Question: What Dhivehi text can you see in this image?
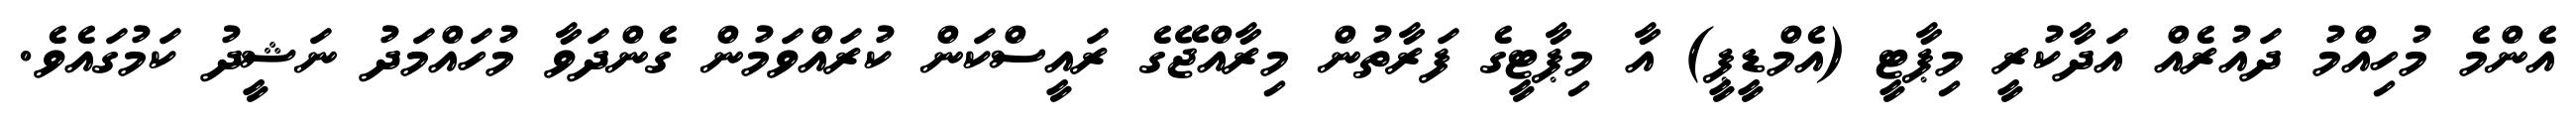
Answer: އެންމެ މުހިއްމު ދައުރެއް އަދާކުރީ މިޕާޓީ (އެމްޑީޕީ) އާ މިޕާޓީގެ ފަރާތުން މިރާއްޖޭގެ ރައީސްކަން ކުރައްވަމުން ގެންދަވާ މުހައްމަދު ނަޝީދު ކަމުގައެވެ.